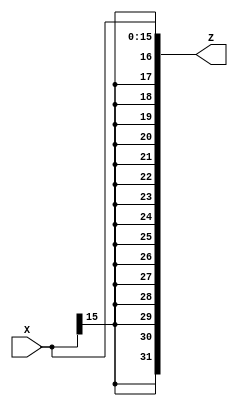
module bit_extender(X,Z);
	//port definitions
	input wire [15:0] X;
	output wire [31:0] Z;
	wire [31:0] T;
	
	assign T[15:0] = X[15:0];
	assign T[31] = X[15];
	assign T[30] = X[15];
	assign T[29] = X[15];
	assign T[28] = X[15];
	assign T[27] = X[15];
	assign T[26] = X[15];
	assign T[25] = X[15];
	assign T[24] = X[15];
	assign T[23] = X[15];
	assign T[22] = X[15];
	assign T[21] = X[15];
	assign T[20] = X[15];
	assign T[19] = X[15];
	assign T[18] = X[15];
	assign T[17] = X[15];
	assign T[16] = X[15];
	assign Z = T;

endmodule